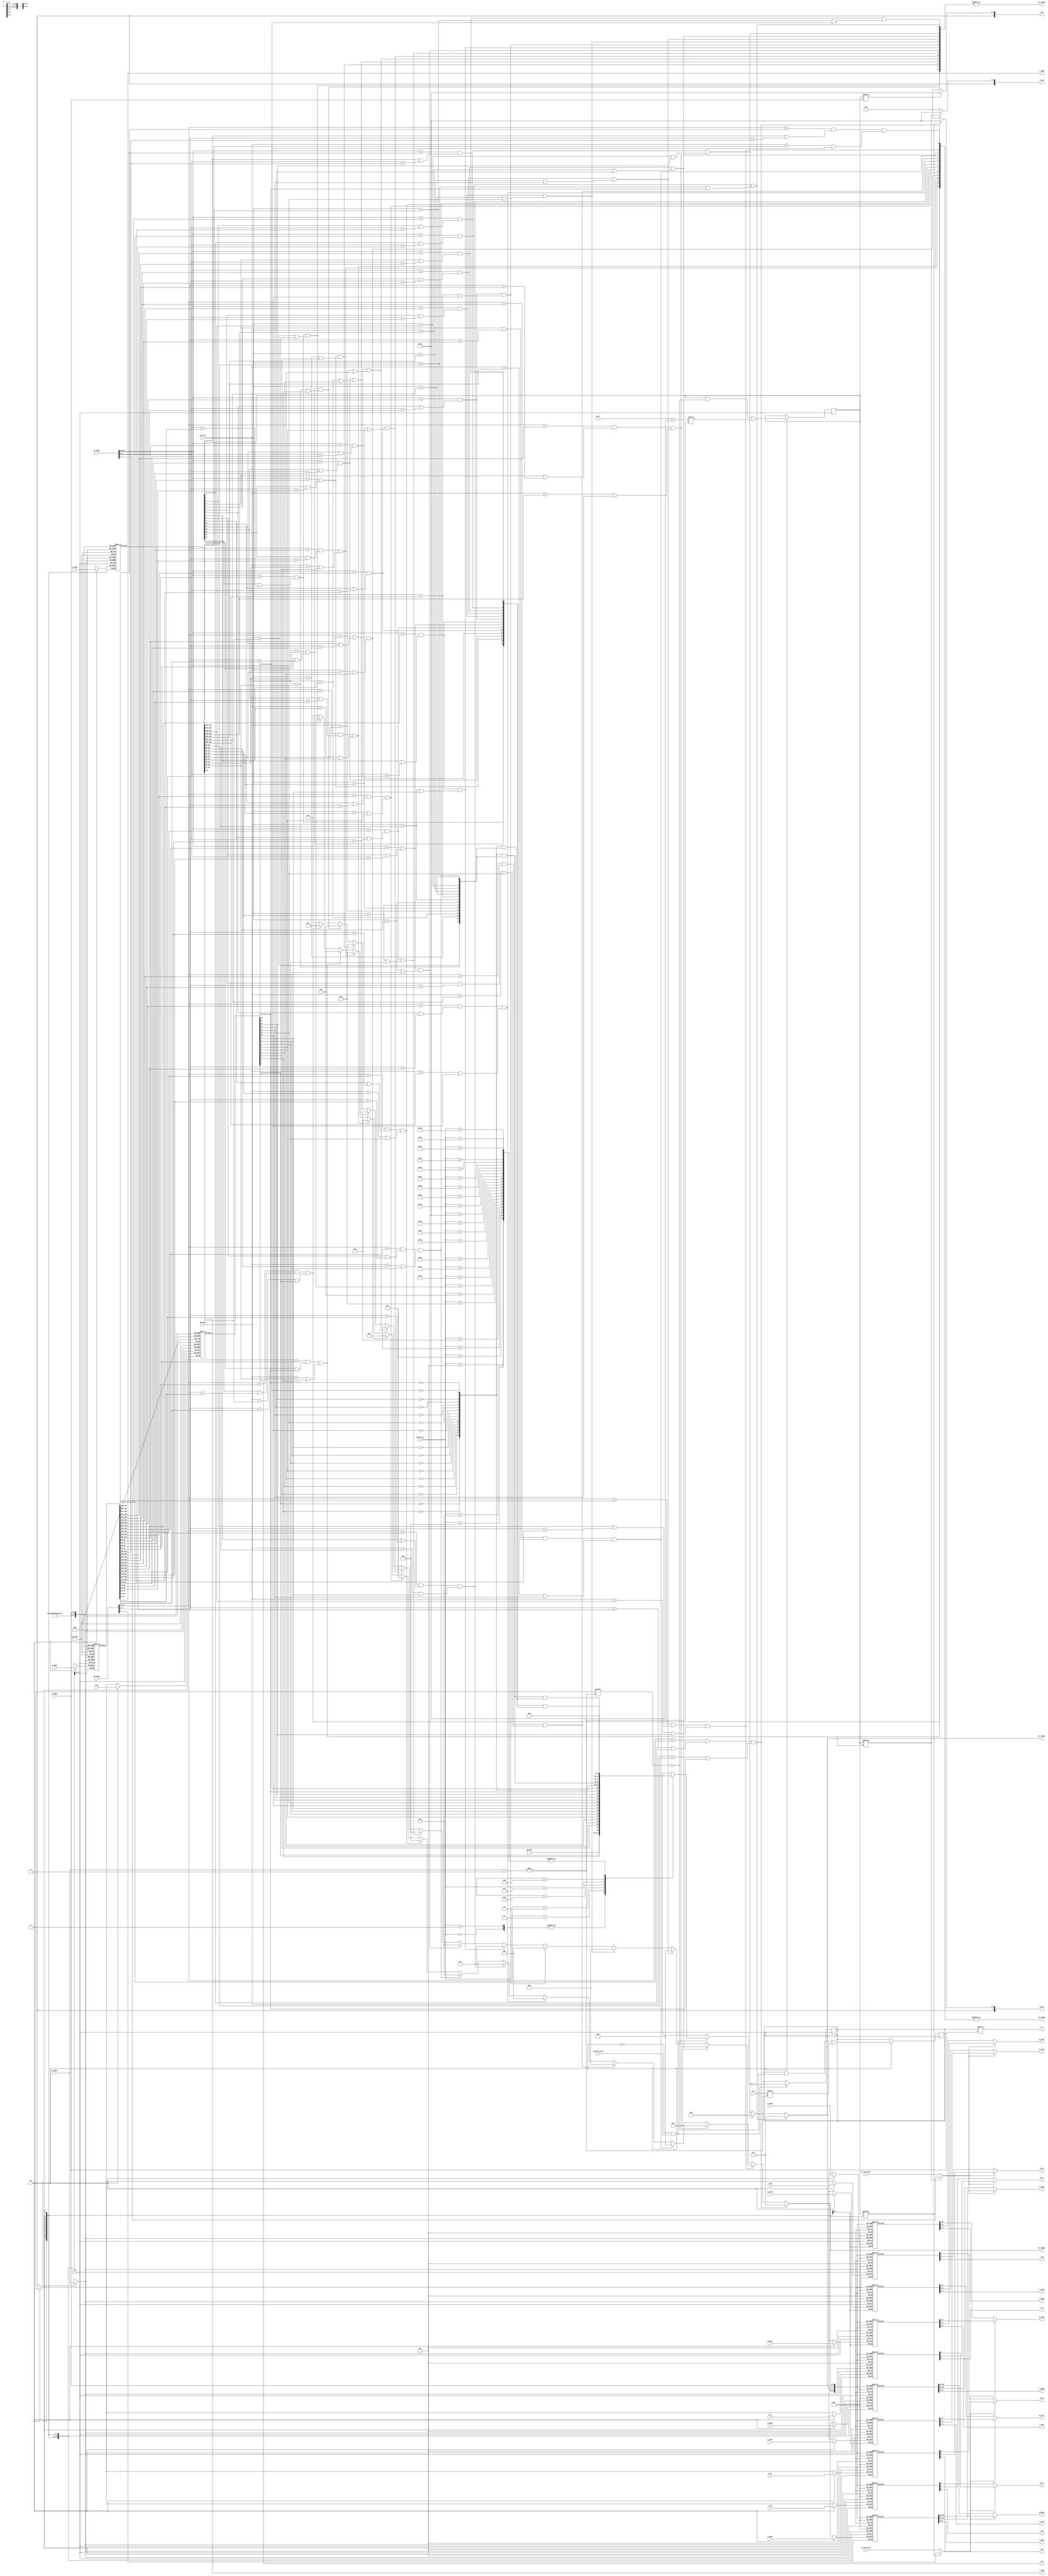
`define LARGE_PAGE_SIZE 6'd22
`define SMALL_PAGE_SIZE 6'd12

module tlb
#(
    parameter TLBNUM = 16
)
(
    input   wire            clk,

    // search port 0 (for fetch)
    input   wire [ 18:0]    s0_vppn,
    input   wire            s0_va_bit12,
    input   wire [  9:0]    s0_asid,
    output  wire            s0_found,
    output  wire [$clog2(TLBNUM) - 1:0] s0_index,
    output  wire [ 19:0]    s0_ppn,
    output  wire [  5:0]    s0_ps,
    output  wire [  1:0]    s0_plv,
    output  wire [  1:0]    s0_mat,
    output  wire            s0_d,
    output  wire            s0_v,

    // search port 1 (for load/store)
    input   wire [ 18:0]    s1_vppn,
    input   wire            s1_va_bit12,
    input   wire [  9:0]    s1_asid,
    output  wire            s1_found,
    output  wire [$clog2(TLBNUM) - 1:0] s1_index,
    output  wire [ 19:0]    s1_ppn,
    output  wire [  5:0]    s1_ps,
    output  wire [  1:0]    s1_plv,
    output  wire [  1:0]    s1_mat,
    output  wire            s1_d,
    output  wire            s1_v,

    // invtlb opcode
    input   wire            invtlb_valid,
    input   wire [ 4:0]     invtlb_op,

    // write port
    input   wire            we, //w(rite) e(nable)
    input   wire [$clog2(TLBNUM) - 1:0] w_index,
    input   wire            w_e,
    input   wire [ 18:0]    w_vppn,
    input   wire [  5:0]    w_ps,
    input   wire [  9:0]    w_asid,
    input   wire w_g,
    input   wire [ 19:0]    w_ppn0,
    input   wire [  1:0]    w_plv0,
    input   wire [  1:0]    w_mat0,
    input   wire            w_d0,
    input   wire            w_v0,
    input   wire [ 19:0]    w_ppn1,
    input   wire [  1:0]    w_plv1,
    input   wire [  1:0]    w_mat1,
    input   wire            w_d1,
    input   wire            w_v1,

    // read port
    input   wire [$clog2(TLBNUM) - 1:0] r_index,
    output  wire            r_e,
    output  wire [ 18:0]    r_vppn,
    output  wire [  5:0]    r_ps,
    output  wire [  9:0]    r_asid,
    output  wire            r_g,
    output  wire [ 19:0]    r_ppn0,
    output  wire [  1:0]    r_plv0,
    output  wire [  1:0]    r_mat0,
    output  wire            r_d0,
    output  wire            r_v0,
    output  wire [ 19:0]    r_ppn1,
    output  wire [  1:0]    r_plv1,
    output  wire [  1:0]    r_mat1,
    output  wire            r_d1,
    output  wire            r_v1
    );

reg  [TLBNUM - 1:0]  tlb_e;
reg  [TLBNUM - 1:0]  tlb_ps4MB; //pagesize 1:4MB, 0:4KB
reg  [ 18:0]         tlb_vppn [TLBNUM - 1:0];
reg  [  9:0]         tlb_asid [TLBNUM - 1:0];
reg                  tlb_g    [TLBNUM - 1:0];

reg  [ 19:0]         tlb_ppn0 [TLBNUM - 1:0];
reg  [  1:0]         tlb_plv0 [TLBNUM - 1:0];
reg  [  1:0]         tlb_mat0 [TLBNUM - 1:0];
reg                  tlb_d0   [TLBNUM - 1:0];
reg                  tlb_v0   [TLBNUM - 1:0];

reg  [ 19:0]         tlb_ppn1 [TLBNUM - 1:0];
reg  [  1:0]         tlb_plv1 [TLBNUM - 1:0];
reg  [  1:0]         tlb_mat1 [TLBNUM - 1:0];
reg                  tlb_d1   [TLBNUM - 1:0];
reg                  tlb_v1   [TLBNUM - 1:0];

wire [TLBNUM - 1:0]  match0;   // match for search port 0
wire [TLBNUM - 1:0]  match1;   // match for search port 1

wire page_sel0;
wire page_sel1;                // for double-page num

wire [TLBNUM - 1:0]  cond1;    // G == 0
wire [TLBNUM - 1:0]  cond2;    // G == 1
wire [TLBNUM - 1:0]  cond3;    // ASID match
wire [TLBNUM - 1:0]  cond4;    // VPPN PS match

wire [TLBNUM - 1:0]  invtlb_cond [ 31:0];  
// [4:0] op => up to 32 ops, must set op 7:31 16'b0

/********** SEARCH *********/
genvar i;
generate
    for(i = 0; i < TLBNUM; i = i + 1) begin
        assign match0[i] = (s0_vppn[18:10] == tlb_vppn[i][18:10])
                        && (tlb_ps4MB[i] || s0_vppn[9:0] == tlb_vppn[i][9:0])
                        && ((s0_asid == tlb_asid[i]) || tlb_g[i]);
        assign match1[i] = (s1_vppn[18:10] == tlb_vppn[i][18:10])
                        && (tlb_ps4MB[i] || s1_vppn[9:0] == tlb_vppn[i][9:0])
                        && ((s1_asid == tlb_asid[i]) || tlb_g[i]);
    end
endgenerate

assign s0_found = (|match0);
assign s1_found = (|match1);

assign s0_index =   match0[ 1] ? 4'd1  :
                    match0[ 2] ? 4'd2  :
                    match0[ 3] ? 4'd3  :
                    match0[ 4] ? 4'd4  :
                    match0[ 5] ? 4'd5  :
                    match0[ 6] ? 4'd6  :
                    match0[ 7] ? 4'd7  :
                    match0[ 8] ? 4'd8  :
                    match0[ 9] ? 4'd9  :
                    match0[10] ? 4'd10 :
                    match0[11] ? 4'd11 :
                    match0[12] ? 4'd12 :
                    match0[13] ? 4'd13 :
                    match0[14] ? 4'd14 :
                    match0[15] ? 4'd15 :
                    4'd0;

assign s1_index =   match1[ 1] ? 4'd1  :
                    match1[ 2] ? 4'd2  :
                    match1[ 3] ? 4'd3  :
                    match1[ 4] ? 4'd4  :
                    match1[ 5] ? 4'd5  :
                    match1[ 6] ? 4'd6  :
                    match1[ 7] ? 4'd7  :
                    match1[ 8] ? 4'd8  :
                    match1[ 9] ? 4'd9  :
                    match1[10] ? 4'd10 :
                    match1[11] ? 4'd11 :
                    match1[12] ? 4'd12 :
                    match1[13] ? 4'd13 :
                    match1[14] ? 4'd14 :
                    match1[15] ? 4'd15 :
                    4'd0;

assign page_sel0    = tlb_ps4MB[s0_index] ? s0_vppn[9] : s0_va_bit12;
assign s0_ps        = tlb_ps4MB[s0_index] ? `LARGE_PAGE_SIZE : `SMALL_PAGE_SIZE;
assign s0_ppn       = page_sel0 ? tlb_ppn1[s0_index] : tlb_ppn0[s0_index];
assign s0_plv       = page_sel0 ? tlb_plv1[s0_index] : tlb_plv0[s0_index];
assign s0_mat       = page_sel0 ? tlb_mat1[s0_index] : tlb_mat0[s0_index];
assign s0_d         = page_sel0 ? tlb_d1  [s0_index] : tlb_d0  [s0_index];
assign s0_v         = page_sel0 ? tlb_v1  [s0_index] : tlb_v0  [s0_index];


assign page_sel1    = tlb_ps4MB[s1_index] ? s1_vppn[9] : s1_va_bit12;
assign s1_ps        = tlb_ps4MB[s1_index] ? `LARGE_PAGE_SIZE : `SMALL_PAGE_SIZE;
assign s1_ppn       = page_sel1 ? tlb_ppn1[s1_index] : tlb_ppn0[s1_index];
assign s1_plv       = page_sel1 ? tlb_plv1[s1_index] : tlb_plv0[s1_index];
assign s1_mat       = page_sel1 ? tlb_mat1[s1_index] : tlb_mat0[s1_index];
assign s1_d         = page_sel1 ? tlb_d1  [s1_index] : tlb_d0  [s1_index];
assign s1_v         = page_sel1 ? tlb_v1  [s1_index] : tlb_v0  [s1_index];

/********** READ ***********/
assign r_e    = tlb_e    [r_index];
assign r_vppn = tlb_vppn [r_index];
assign r_ps   = tlb_ps4MB[r_index] ? `LARGE_PAGE_SIZE : `SMALL_PAGE_SIZE;
assign r_asid = tlb_asid [r_index];
assign r_g    = tlb_g    [r_index];

assign r_ppn0 = tlb_ppn0 [r_index];
assign r_plv0 = tlb_plv0 [r_index];
assign r_mat0 = tlb_mat0 [r_index];
assign r_d0   = tlb_d0   [r_index];
assign r_v0   = tlb_v0   [r_index];

assign r_ppn1 = tlb_ppn1 [r_index];
assign r_plv1 = tlb_plv1 [r_index];
assign r_mat1 = tlb_mat1 [r_index];
assign r_d1   = tlb_d1   [r_index];
assign r_v1   = tlb_v1   [r_index];

/************ WRITE ***********/
always @ (posedge clk) begin
    if(we) begin
        tlb_e    [w_index] <= w_e;
        tlb_ps4MB[w_index] <= (w_ps == `LARGE_PAGE_SIZE);

        tlb_vppn [w_index] <= w_vppn;
        tlb_asid [w_index] <= w_asid;
        tlb_g    [w_index] <= w_g;

        tlb_ppn0 [w_index] <= w_ppn0;
        tlb_plv0 [w_index] <= w_plv0;
        tlb_mat0 [w_index] <= w_mat0;
        tlb_d0   [w_index] <= w_d0;
        tlb_v0   [w_index] <= w_v0;

        tlb_ppn1 [w_index] <= w_ppn1;
        tlb_plv1 [w_index] <= w_plv1;
        tlb_mat1 [w_index] <= w_mat1;
        tlb_d1   [w_index] <= w_d1;
        tlb_v1   [w_index] <= w_v1;
    end
end

/************* INVTLB *************/
generate
    for(i = 0; i < TLBNUM; i = i + 1) begin
       assign cond1[i] = ~tlb_g[i];
       assign cond2[i] = tlb_g[i];
       assign cond3[i] = (s1_asid == tlb_asid[i]);
       assign cond4[i] = (s1_vppn[18:10] == tlb_vppn[i][18:10]) 
                      && (tlb_ps4MB[i] || (s1_vppn[9:0] == tlb_vppn[i][9:0]));
    end
endgenerate

// cond 1 - need to invalidate
assign invtlb_cond[0] = 16'hffff;   // all 
assign invtlb_cond[1] = 16'hffff;   // same as op == 0
assign invtlb_cond[2] = cond2;      // G == 1
assign invtlb_cond[3] = cond1;      // G == 0
assign invtlb_cond[4] = cond1 & cond3;          // G == 0 && ASID match
assign invtlb_cond[5] = cond1 & cond3 & cond4;  // G == 0 && ASID match && VA match
assign invtlb_cond[6] = (cond1 | cond3) & cond4;  // (G == 1 || ASID match) && VA match

// set useless op to 16'b0
generate
    for (i = 7; i < 32; i = i + 1) begin
        assign invtlb_cond[i] = 16'b0;
    end
endgenerate

// for exec invtlb
// tlbe: 0 - invalid; 1 - valid
always @ (posedge clk) begin
    if(!we && invtlb_valid)
        tlb_e <= ~invtlb_cond[invtlb_op]; 
end

endmodule